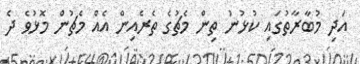
އަދި މުބާރާތުގައި ކުޅުނު ތިން މެޗުގެ ތެރެއިން އެއް މެޗުން މޮޅުވެ ދެ